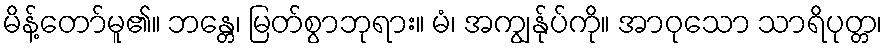
မိန့်တော်မူ၏။ ဘန္တေ၊ မြတ်စွာဘုရား။ မံ၊ အကျွန်ုပ်ကို။ အာဝုသော သာရိပုတ္တ၊